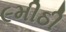
૯મીઠી